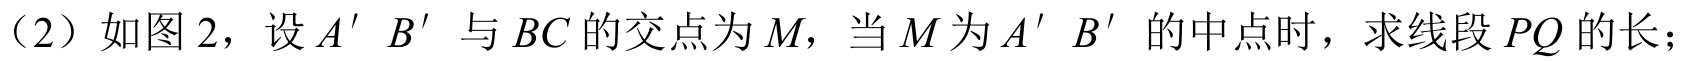
（2）如图 2，设 \(A'B'\) 与 \(BC\) 的交点为 \(M\)，当 \(M\) 为 \(A'B'\) 的中点时，求线段 \(PQ\) 的长；